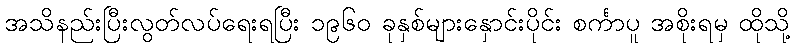
အသိနည်းပြီးလွတ်လပ်ရေးရပြီး ၁၉၆၀ ခုနှစ်များနှောင်းပိုင်း စင်္ကာပူ အစိုးရမှ ထိုသို့